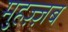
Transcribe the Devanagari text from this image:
मुहज़्ज़ब